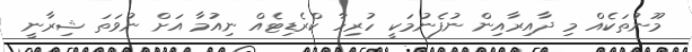
މޫނުތަކެއް މި ދާއިރާއިން ނުފެނުމަކީ ހުރިހާ ކްރެޑިޓެއް ނިއުމާ އަށް ނުވަތަ ޝިރާނީ